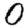
Digit: 0